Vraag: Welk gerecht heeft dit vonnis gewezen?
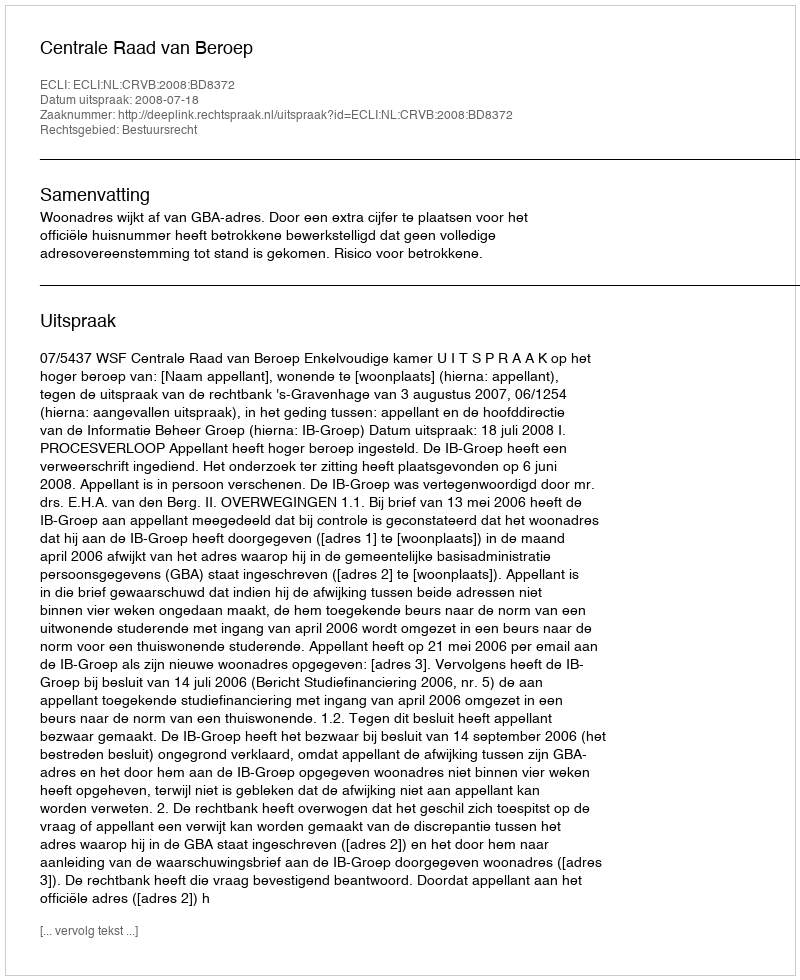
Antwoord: Centrale Raad van Beroep